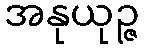
အနုယုဉ္ဇ